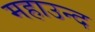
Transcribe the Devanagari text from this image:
महाउन्द